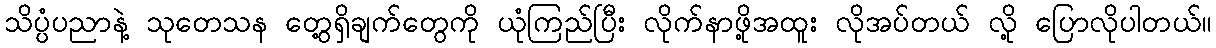
သိပ္ပံပညာနဲ့ သုတေသန တွေ့ရှိချက်တွေကို ယုံကြည်ပြီး လိုက်နာဖို့အထူး လိုအပ်တယ် လို့ ပြောလိုပါတယ်။